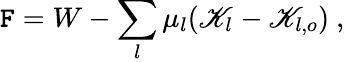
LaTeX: \mathtt{F}=W-\sum_{l}\mu_{l}(\mathscr{K}_{l}-\mathscr{K}_{l,o})\ ,